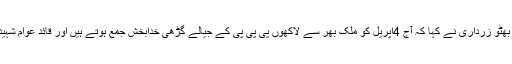
اپنے یک ویڈیو پیغام میں چیئرمین پیپلزپارٹی بلاول بھٹو زرداری نے کہا کہ آج 4اپریل کو ملک بھر سے لاکھوں پی پی پی کے جیالے گڑھی خدابخش جمع ہوتے ہیں اور قائد عوام شہید ذوالفقار علی بھٹو کو خراج عقیدت پیش کرتے ہیں۔